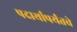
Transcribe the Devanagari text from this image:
पदार्थापर्यंतचे